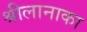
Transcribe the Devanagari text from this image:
श्रीलानाका